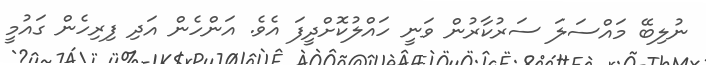
ނުލިބޭ މައްސަލަ ސަރުކާރުން ވަނީ ހައްލުކޮށްދީފަ އެވެ. އަންހެން އަދި ފިރިހެން ގައުމީ